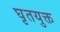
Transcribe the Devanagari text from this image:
घृतयुक्त